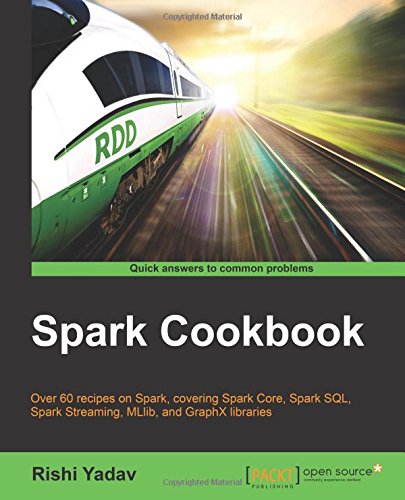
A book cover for Spark Cookbook; Rishi Yadav; Computers & Technology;